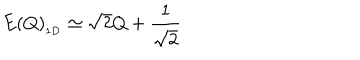
E ( Q ) _ { _ { 1 D } } \simeq \sqrt { 2 } Q + { \frac { 1 } { \sqrt { 2 } } }